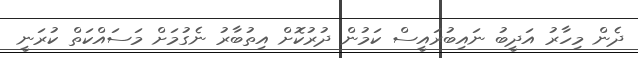
ދެން މިހާރު އަދީބު ނައިބުރައީސް ކަމުން ދުރުކޮށް އިތުބާރު ނެގުމަށް މަސައްކަތް ކުރަނީ